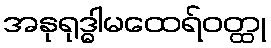
အနုရုဒ္ဓါမထေရ်ဝတ္ထု